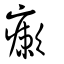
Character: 瘶